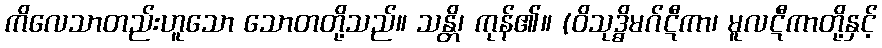
ကိလေသာတည်းဟူသော သောတတို့သည်။ သန္တိ၊ ကုန်၏။ (ဝိသုဒ္ဓိမဂ်ဋီကာ၊ မူလဋီကာတို့နှင့်